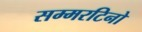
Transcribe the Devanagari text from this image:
सम्मरटिनो